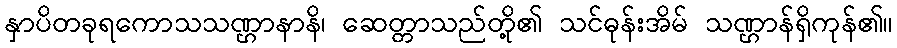
နှာပိတခုရကောသသဏ္ဌာနာနိ၊ ဆေတ္တာသည်တို့၏ သင်ဓုန်းအိမ် သဏ္ဌာန်ရှိကုန်၏။